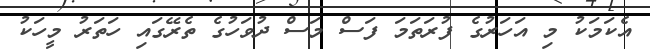
އެކަމަކު މި އަހަރުގެ ފުރަތަމަ ފަސް މަސް ދުވަހުގެ ތެރޭގައި ހަތަރު މީހަކު